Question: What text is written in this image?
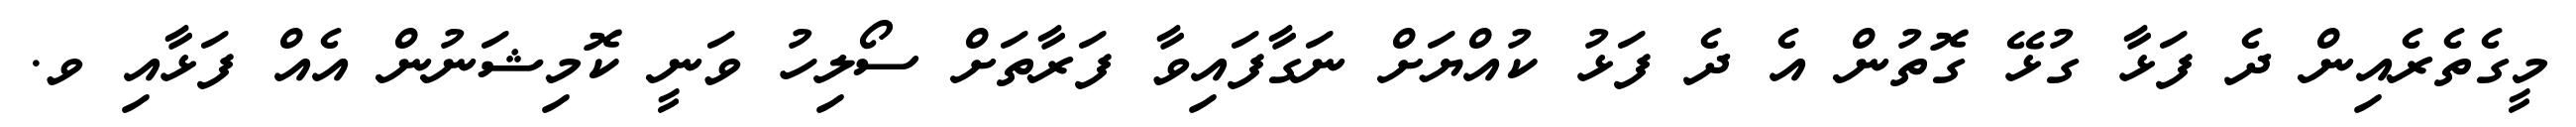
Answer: މީގެތެރެއިން ދެ ފަޅާ ގުޅޭ ގޮތުން އެ ދެ ފަޅު ކުއްޔަށް ނަގާފައިވާ ފަރާތަށް ސޯލިހު ވަނީ ކޮމިޝަނުން އެއް ފަޅާއި ވ.